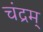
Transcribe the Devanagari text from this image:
चंद्रम्